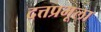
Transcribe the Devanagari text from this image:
दत्तप्रभूला